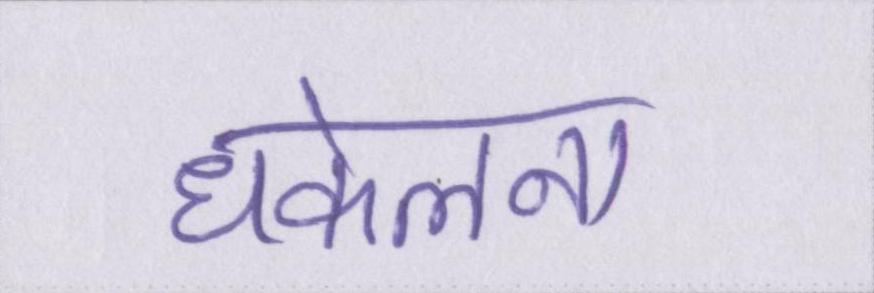
धकेलना